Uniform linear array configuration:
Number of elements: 8
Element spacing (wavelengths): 0.5
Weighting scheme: kaiser
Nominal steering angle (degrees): -15
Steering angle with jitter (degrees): -14.819
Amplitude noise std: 0.05
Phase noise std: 0.05

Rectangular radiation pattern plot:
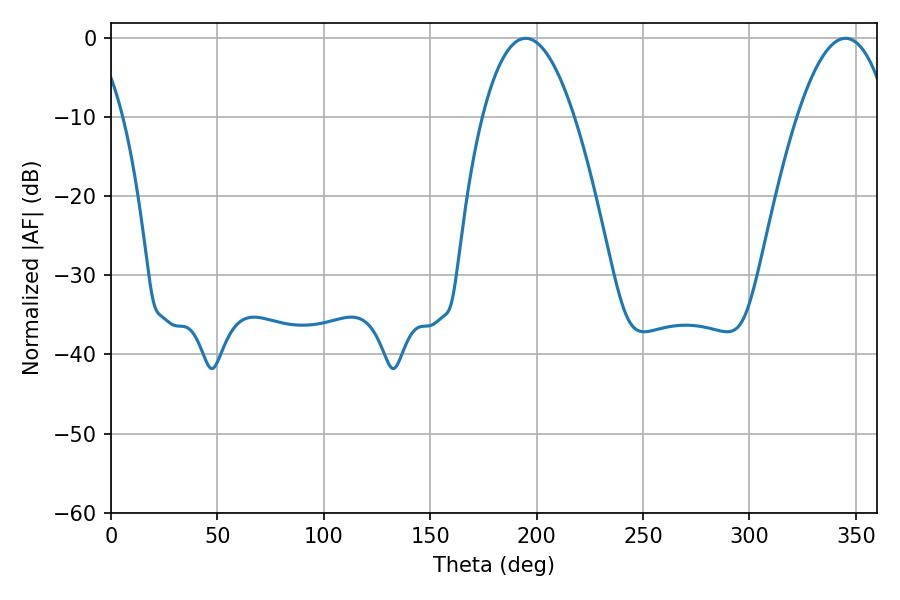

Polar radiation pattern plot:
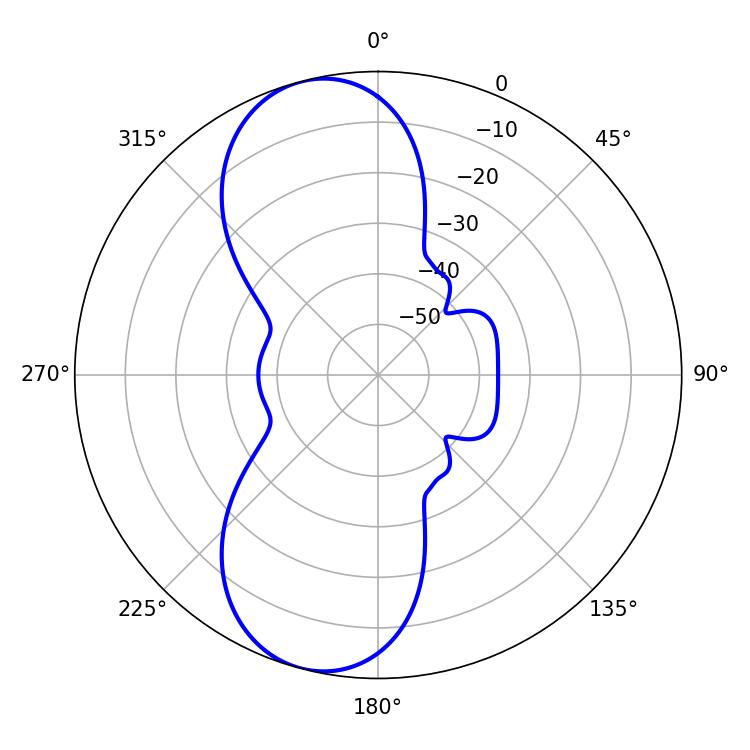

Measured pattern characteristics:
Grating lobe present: FALSE
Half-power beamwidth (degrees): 23.94
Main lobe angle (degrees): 194.94